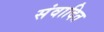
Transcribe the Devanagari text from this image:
संवादित